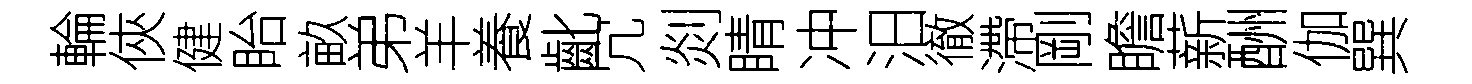
輪俠健眙畝弟羊養齔冗剡睛冲汨徹滯剛瞻薪酬伽巽